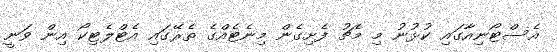
އެސްޓޯނިއާގައި ކުޅުނު މި މެޗު ފެށިގެން މިނެޓެއްގެ ތެރޭގައި އެޓްލެޓިކޯ އިން ވަނީ